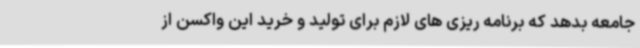
جامعه بدهد که برنامه ریزی های لازم برای تولید و خرید این واکسن از